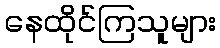
နေထိုင်ကြသူများ